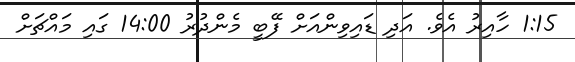
1:15 ހާއިރު އެވެ. އަދި ޑައިވިންއަށް ފޭބީ މެންދުރު 14:00 ގައި މައްޗަށް